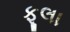
ફૂલા